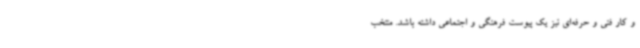
و کار فنی و حرفه‌ای نیز یک پیوست فرهنگی و اجتماعی داشته باشد. منتخب